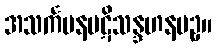
အသင်္ကမနပဋိသန္ဒဟနပဥှ။